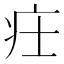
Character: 𤴶